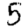
Digit: 5